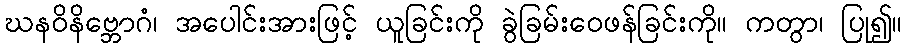
ဃနဝိနိဗ္ဘောဂံ၊ အပေါင်းအားဖြင့် ယူခြင်းကို ခွဲခြမ်းဝေဖန်ခြင်းကို။ ကတွာ၊ ပြု၍။